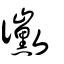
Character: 黴